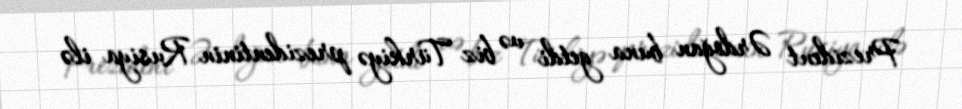
Prezident Ərdoğan buna getdi və biz Türkiyə prezidentinin Rusiya ilə